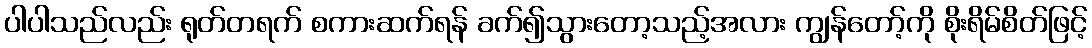
ပါပါသည်လည်း ရုတ်တရက် စကားဆက်ရန် ခက်၍သွားတော့သည့်အလား ကျွန်တော့်ကို စိုးရိမ်စိတ်ဖြင့်